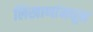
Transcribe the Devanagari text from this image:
लिखाणांमधून